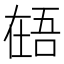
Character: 𰊎